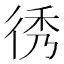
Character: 𢓵